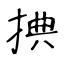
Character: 捵